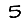
Digit: 5